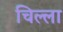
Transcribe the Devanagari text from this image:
चिल्‍ला